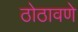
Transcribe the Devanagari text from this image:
ठोठावणे